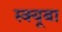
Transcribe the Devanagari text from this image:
स्क्यूबा